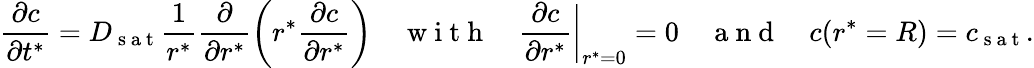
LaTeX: \frac{\partial c}{\partial t^{*}}=D_{\mathrm{~s~a~t~}}\frac{1}{r^{*}}\frac{\partial}{\partial r^{*}}\left(r^{*}\frac{\partial c}{\partial r^{*}}\right)~~~~\mathrm{~w~i~t~h~}~~~~\frac{\partial c}{\partial r^{*}}\biggr|_{r^{*}=0}=0~~~~\mathrm{~a~n~d~}~~~~c(r^{*}=R)=c_{\mathrm{~s~a~t~}}.